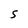
Character: S